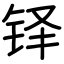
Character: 铎